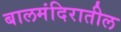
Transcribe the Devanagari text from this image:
बालमंदिरातील